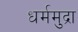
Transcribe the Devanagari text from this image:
धर्ममुद्रा